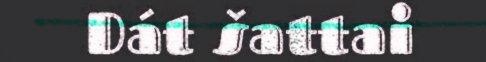
Dát šattai